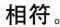
相符。